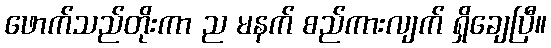
ဖောက်သည်တိုးကာ ည မနက် စည်ကားလျက် ရှိချေပြီ။